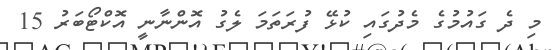
މި ދެ ގައުމުގެ މެދުގައި ކުޅޭ ފުރަތަމަ ލެގު އޮންނާނީ އޮކްޓޯބަރު 15